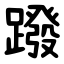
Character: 蹳